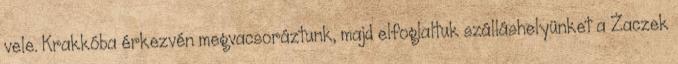
vele. Krakkóba érkezvén megvacsoráztunk, majd elfoglaltuk szálláshelyünket a Żaczek